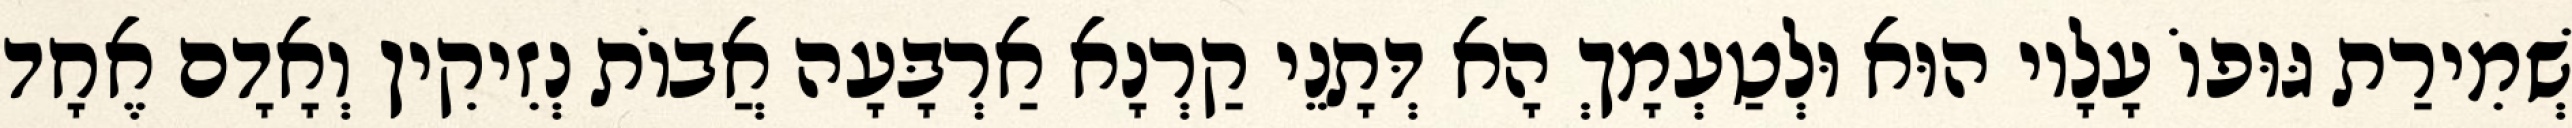
שְׁמִירַת גּוּפוֹ עָלָיו הוּא וּלְטַעְמָךְ הָא דְּתָנֵי קַרְנָא אַרְבָּעָה אֲבוֹת נְזִיקִין וְאָדָם אֶחָד